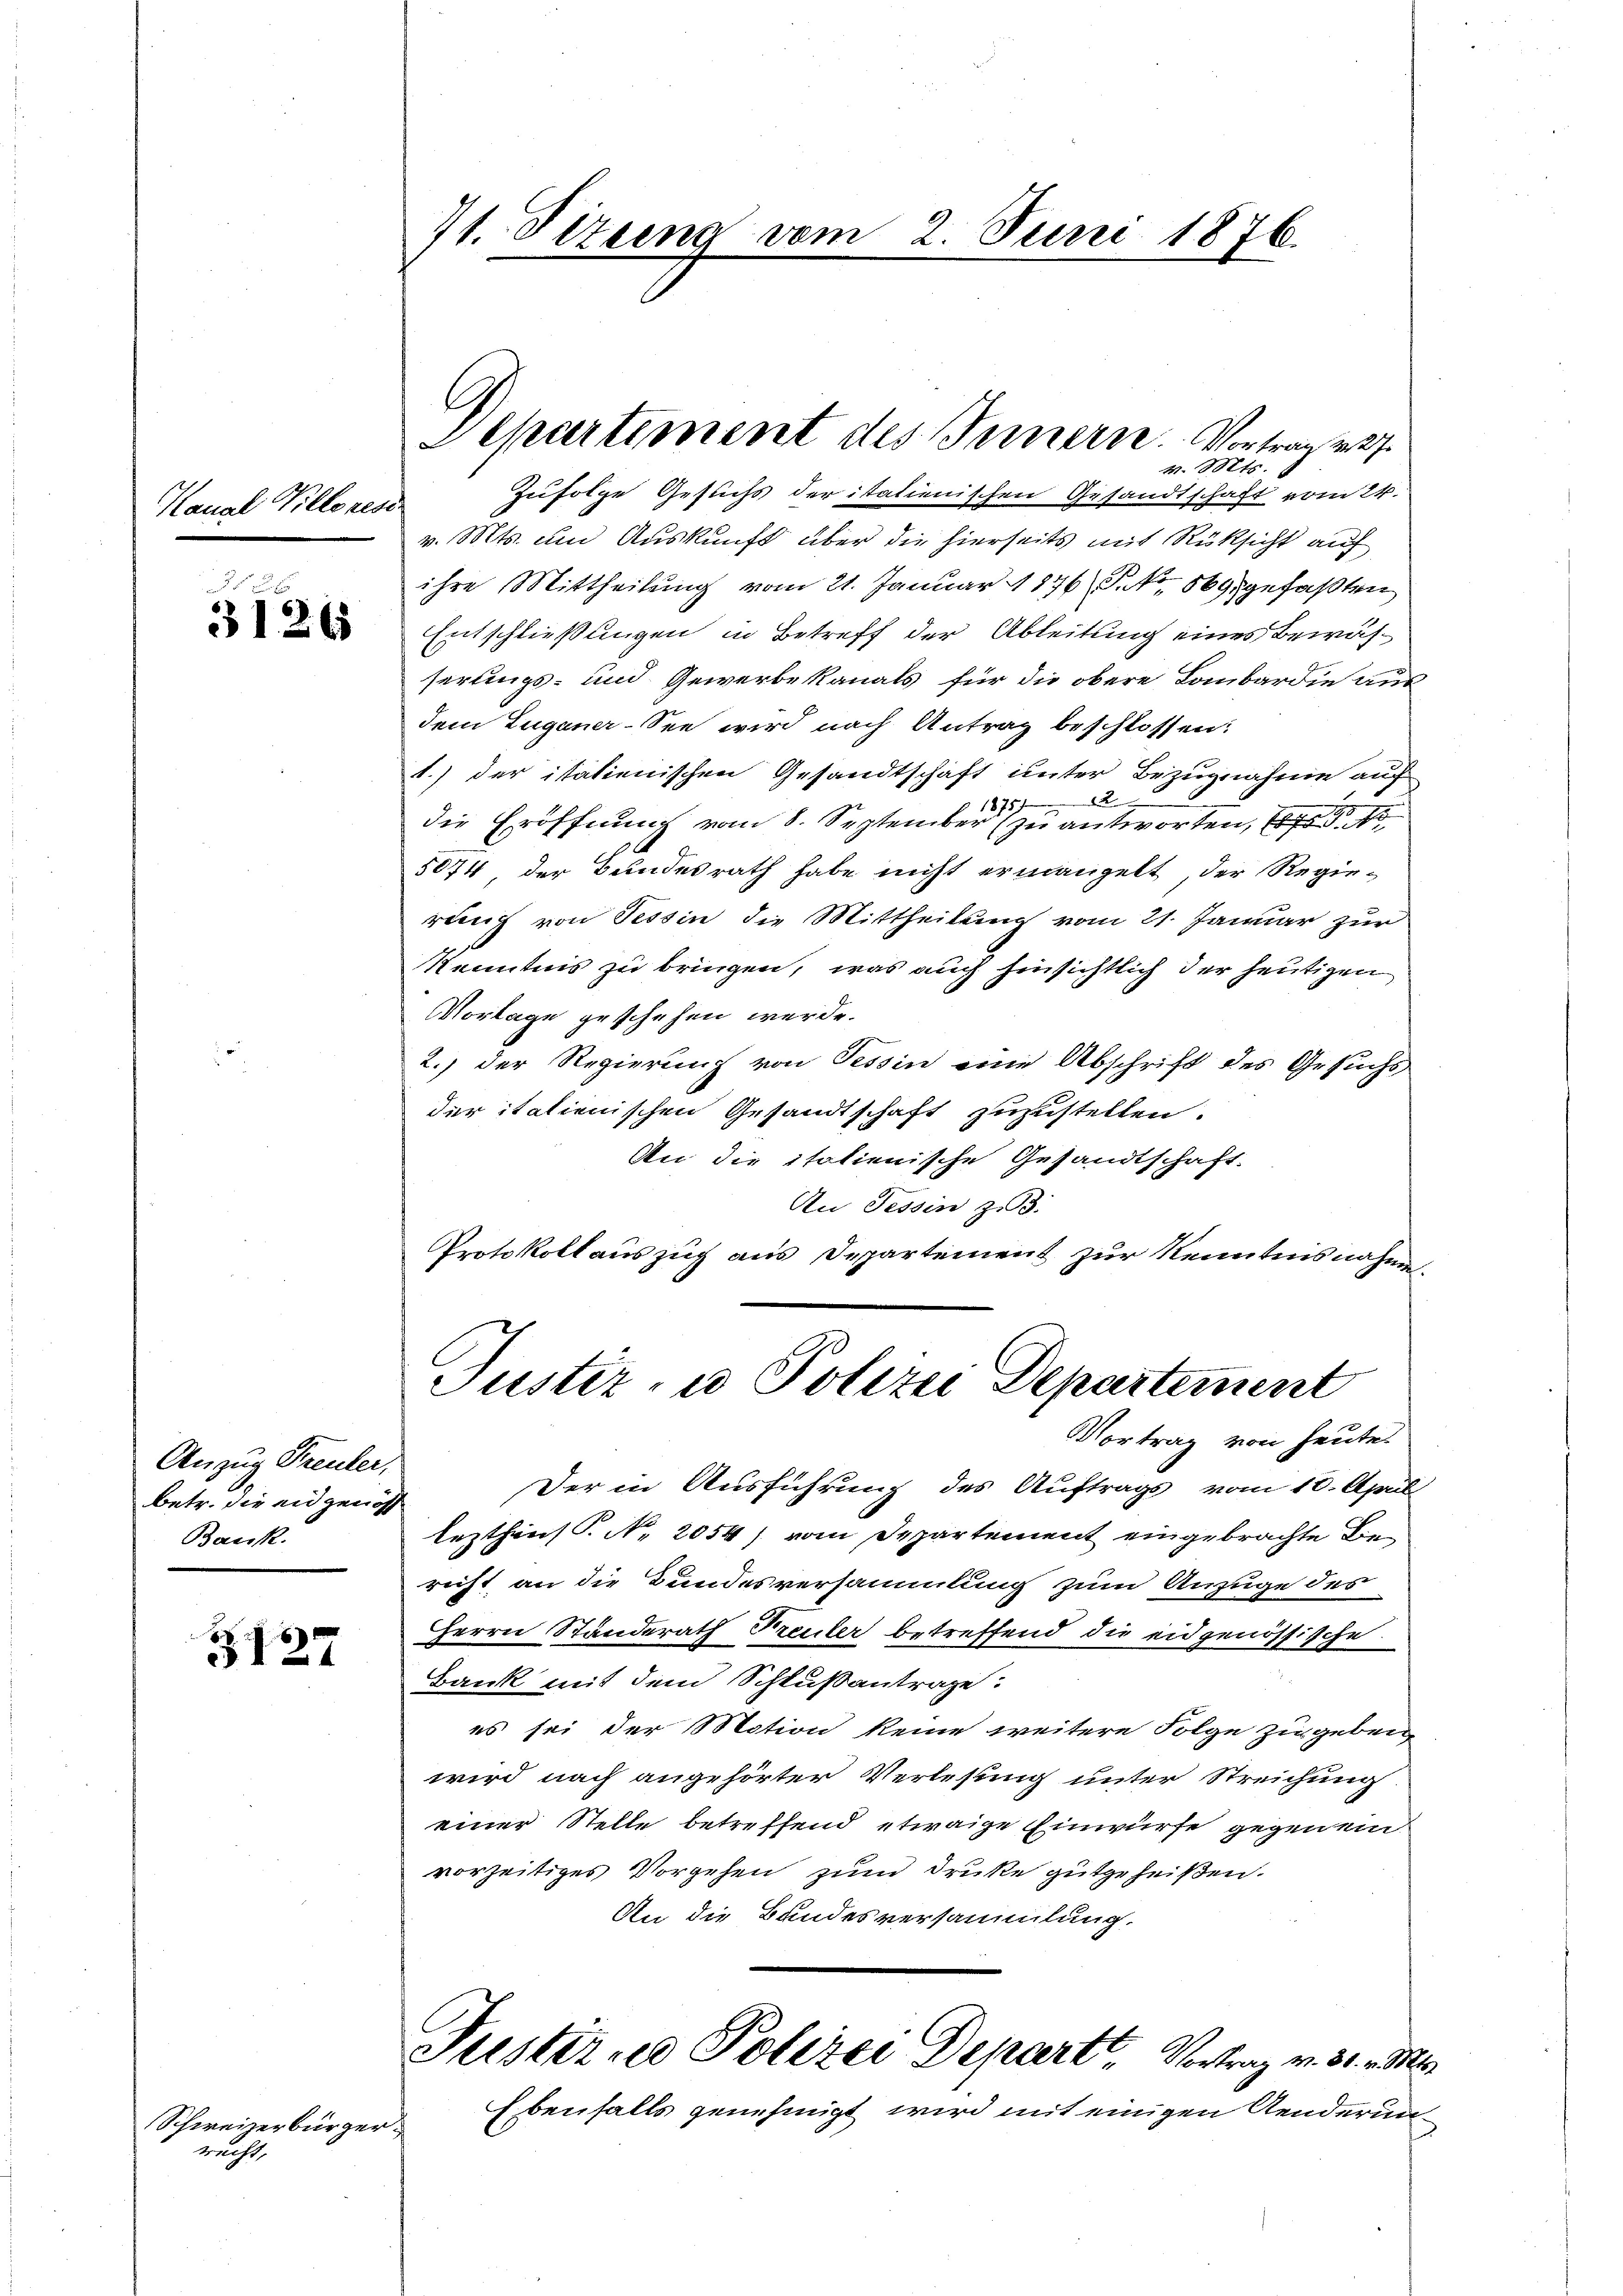
recht,

D
3126

Anzug Freuler,
betr. die eidgenös
Bank.

3127

Schweizerbürger¬

Kanal Villoness

71. Fizung vom 2. Juni 1876.

Separtement des Innern. Vortrag v. 27.
v. Mts.

Zufolge Gesuchs der itationischen Gesandtschaft vom 24.
v. Mts. um Auskunft über die hierseits mit Rüksicht auf
ihre Mittheilung vom 21. Januar 1876 S.No. 569. gefaßten
Entschließungen in Betreff der Ableitung eines Bewässerlings- und Gewerbekanals für die obere Lombardie aus
dem Zuganer-See wird nach Antrag beschlossen:
1.) der italienischen Gesandtschaft unter Bezugnahme auf
die Eröffnung vom 8. September zu antworten, 18. No
5674, der Bundesrath habe nicht ermangelt der Regiereich von Tessin die Mittheilung vom 21. Januar zur
Kenntnis zu bringen, was auch hinsichtlich der heutigen
Vorlage geschehen werde.
2.) Der Regierung von Tessin eine Abschrift des Gesuchs
der italienischen Gesandtschaft zuzustellen.
An die italienische Gesandtschaft.
An Tessin zu.
Protokoll auszug aus Departement zur Kenntnisnahme.

Justiz- u Polizei Departement
Vortrag von heutet

Der in Ausführung des Auftrags vom 10. April
lezthin. N. 2054) vom Departement eingebrachte Bericht an die Bundesversammlung zum Anzuge des
HHerrn Standerath Treuter betreffend die eidgenössische
Bank mit dem Schlußantrage:
es sei der Motion keine weitere Folge zu geben
wird nach angehörter Verlesung unter Streichung
einer Stelle betreffend etwaige Einwürfe gegenein
vorzeitiges Vorgehen zum Druke gutgeheißen.
An die Bandesversammlung
Justirne Polizei Depart, Vortrag v. 31. v. Ms.
Ebenfalls genehmigt, wird mit einigen Aenderun¬